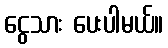
ငွေသား ပေးပါမယ်။